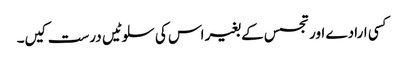
کسی ارادے اور تجسس کے بغیر اس کی سلوٹیں درست کیں۔